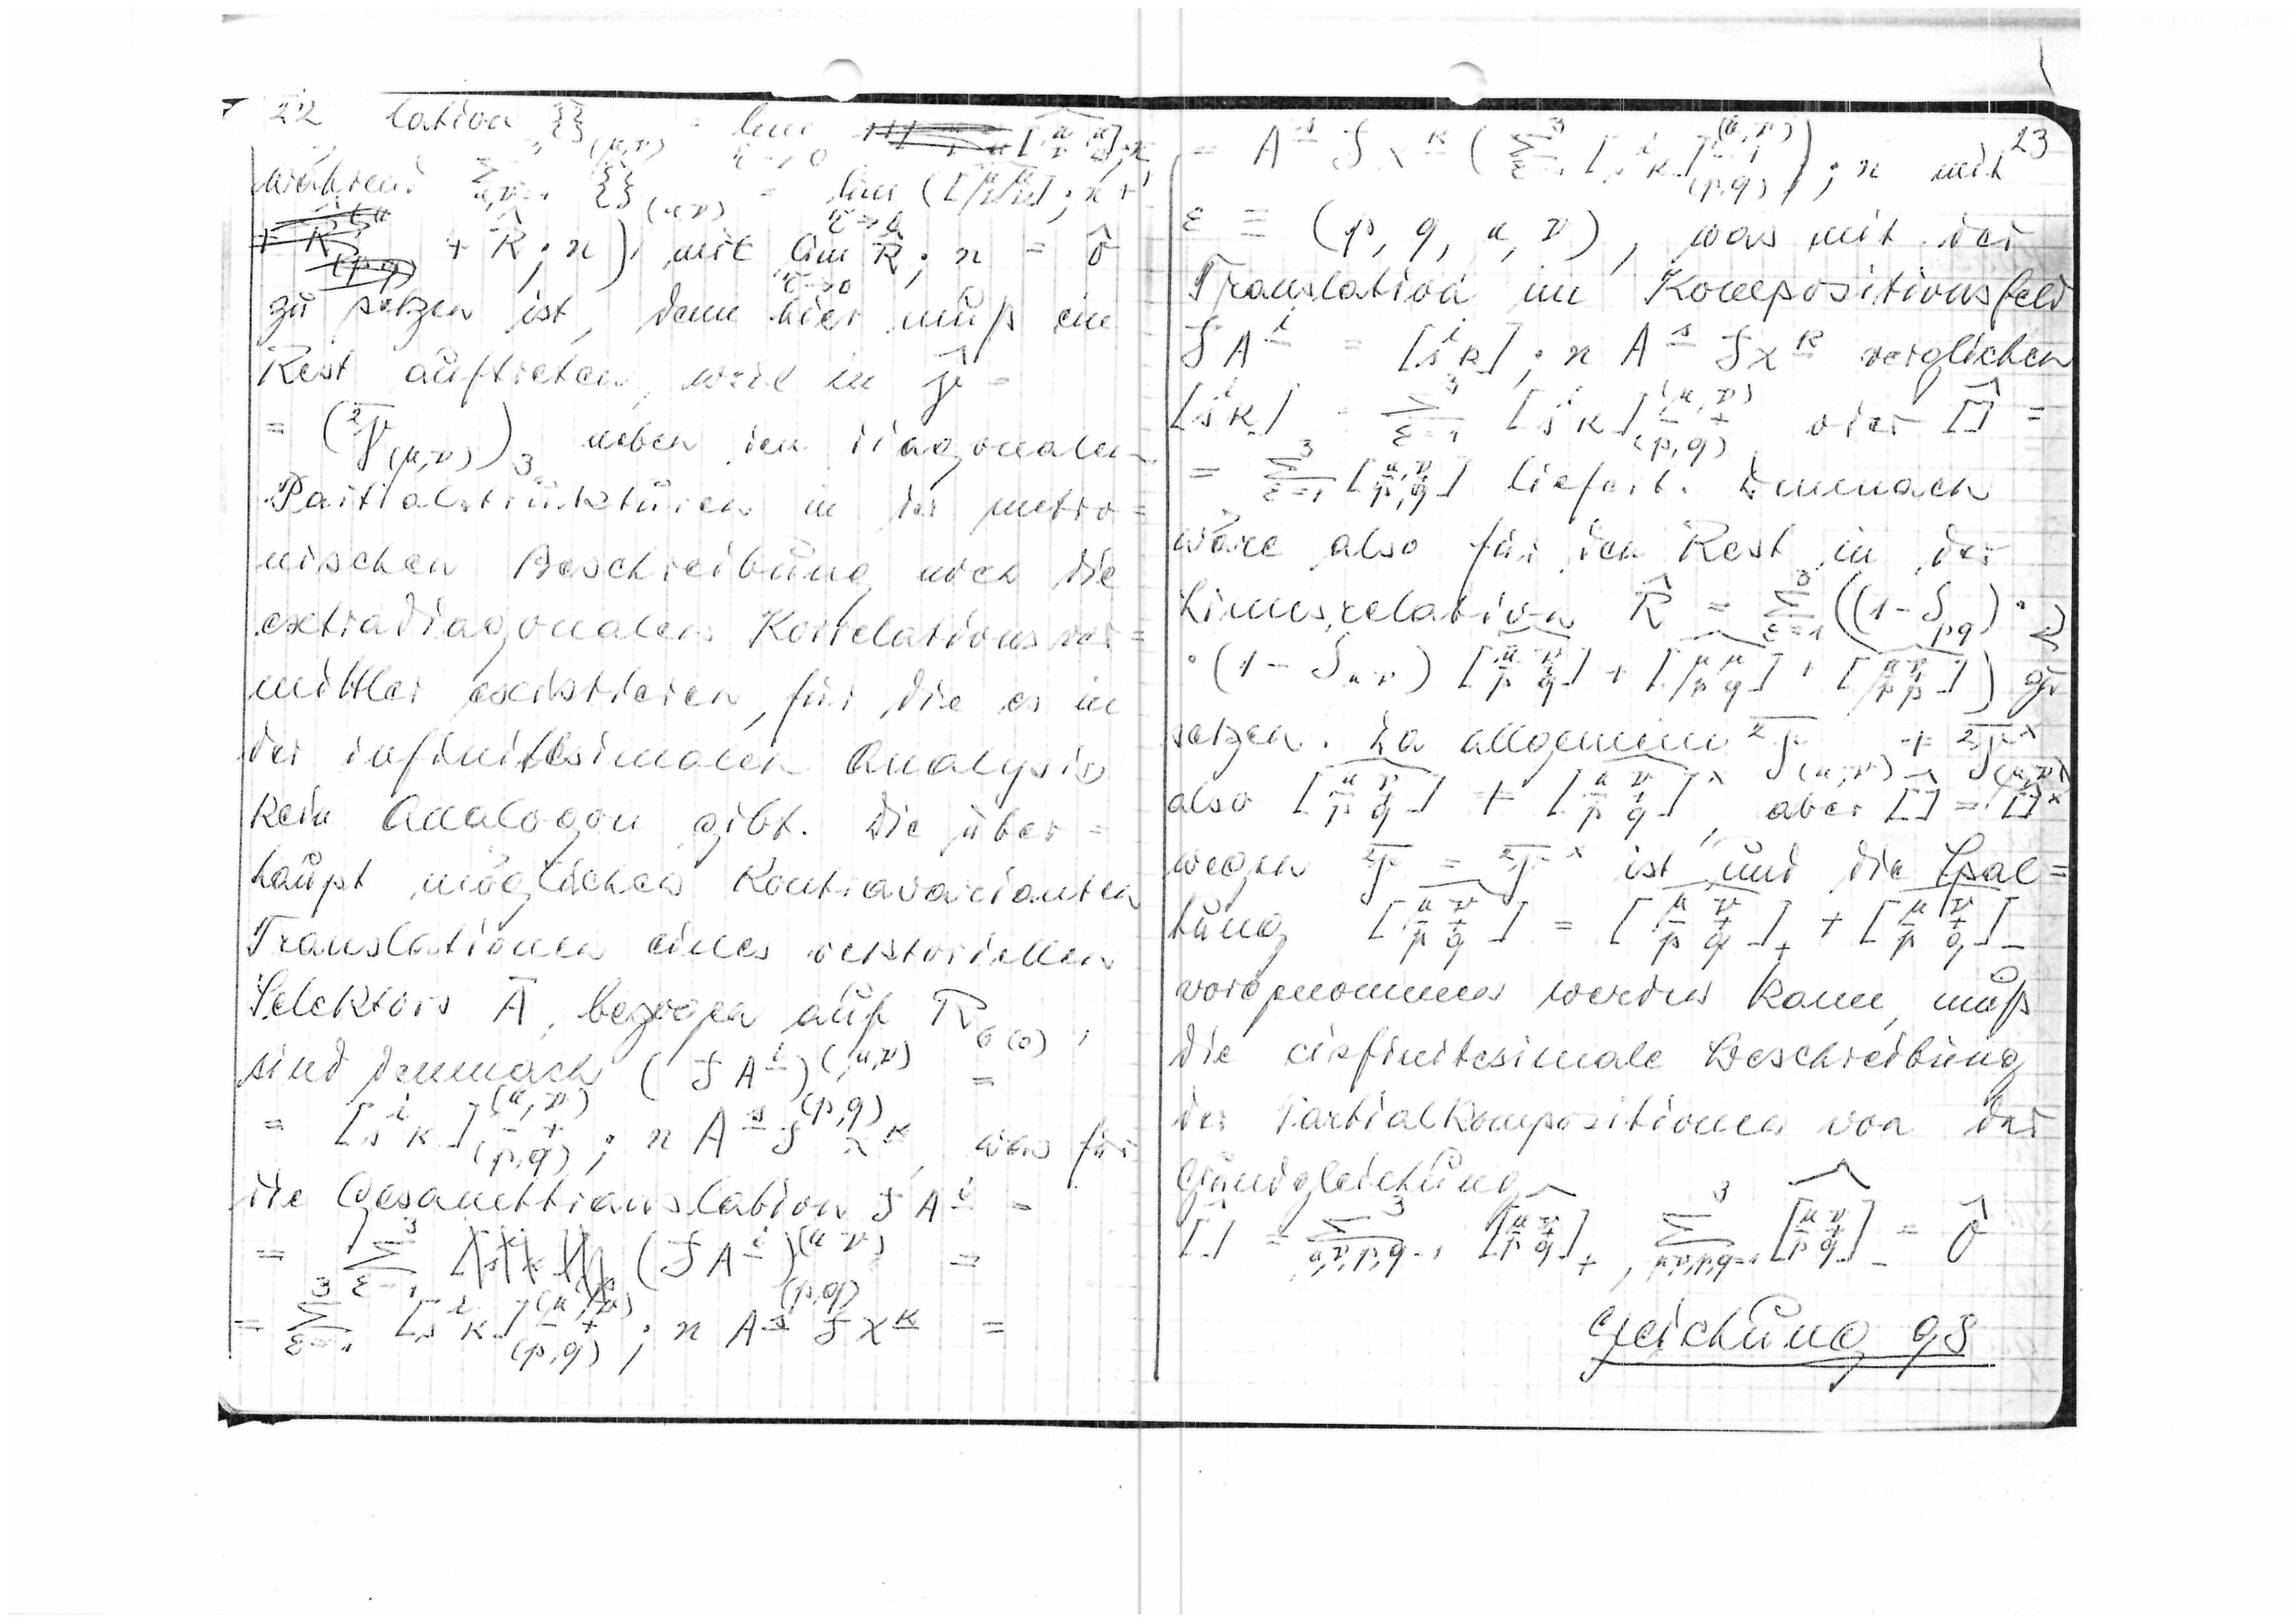
22 lation
während
+ R;n) mit am R;n
τ→0
zu setzen ist, denn hier muß
ein
Rest auftreten. Wird in γ
= (2γ(μ,ν))3 neben den diagonalen
Partialstrukturen in der metro
nischen Beschreibung noch
die
extradiagonalen Korrelationsver
mittler existieren, die die es in
der infinitesimalen Analysis
kein Analogon gibt. Die über
=
haupt möglichen Kontravarianten
Translationen eines vektoriellen
Selektor A bezogen auf R6(0)
sind demnach (f A-) (μ,ν)
was
für
die Gesamttranslation
A

ε = (p, q, μ, ν), was mit der
Tranlation im Kompositionsfeld
liefert. Dem
nach
wäre also die den Rest in der
Limesrelation
set
zen. Da allgemein
wegen 2γ = 2γx ist und die Spal
tung [p q] = [p q] + [p q]
vorgenommen werden kann, muß
die cisfinitesimale Beschreibung
der Partialkompositionen von der
^
Grundgleichung
3
^
μ ν
Σ
Σ
[] =
μ,ν,p,q [p q]
0
Gleichung 98